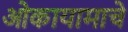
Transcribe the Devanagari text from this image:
ओकायामाचे